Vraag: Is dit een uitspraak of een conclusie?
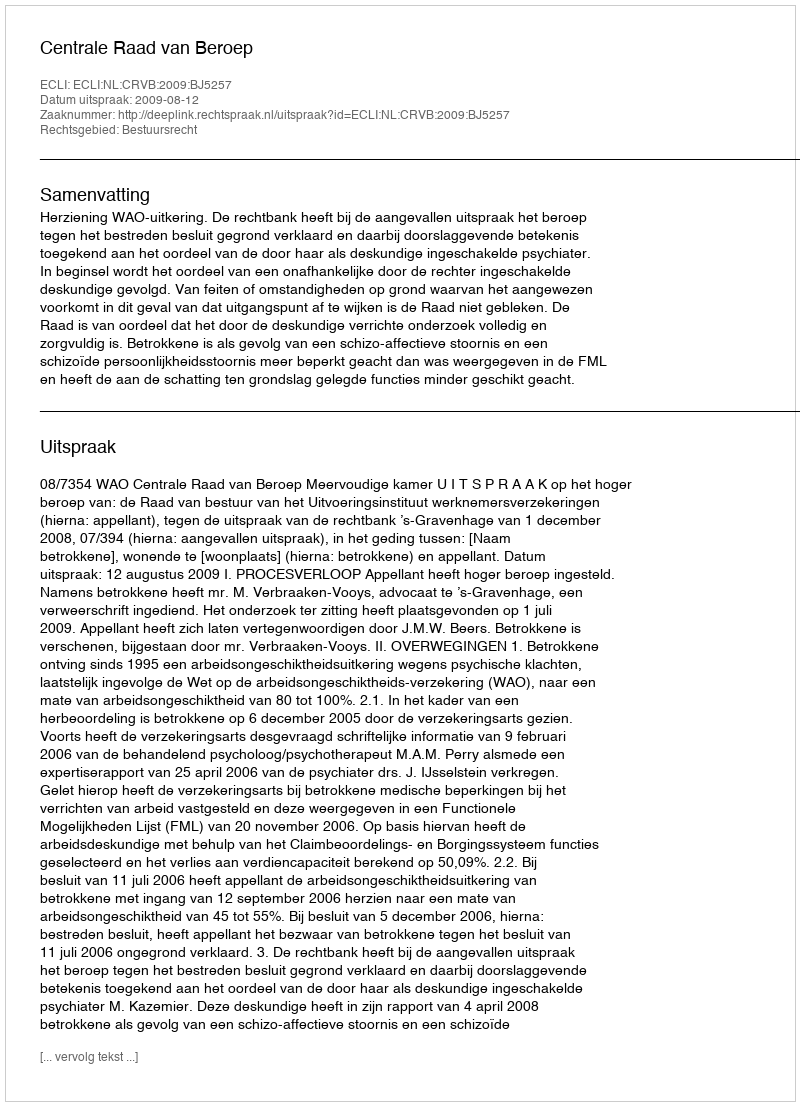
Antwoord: Uitspraak